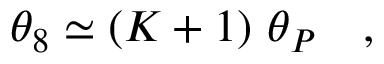
\displaystyle \theta _ { 8 } \simeq ( K + 1 ) ~ \theta _ { P } ~ ~ ~ ,